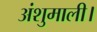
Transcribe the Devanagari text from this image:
अंशुमाली।